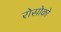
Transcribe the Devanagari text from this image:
रोसोको